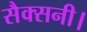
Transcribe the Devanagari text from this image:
सैक्सनी।